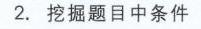
2. 挖掘题目中条件